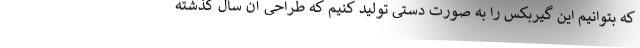
که بتوانیم این گیربکس را به صورت دستی تولید کنیم که طراحی آن سال گذشته